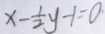
x - \frac { 1 } { 2 } y - 1 = 0